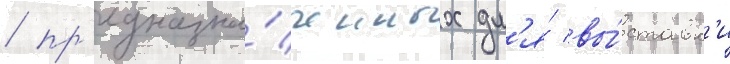
/ пр'едназна́ченных дл'я́ вы́ставк'и